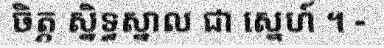
ចិត្ត ស្និទ្ធស្នាល ជា ស្នេហ៍ ។ -